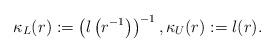
LaTeX: \begin{align*} \kappa_L(r):=\left(l\left(r^{-1}\right)\right)^{-1},\kappa_U(r):=l(r). \end{align*}